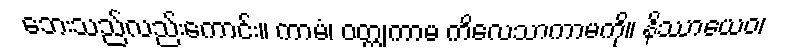
ဘေးသည်လည်းကောင်း။ ကာမံ၊ ဝတ္ထုကာမ ကိလေသာကာမကို။ နိဿာယေဝ၊